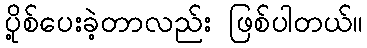
ပို့စ်ပေးခဲ့တာလည်း ဖြစ်ပါတယ်။